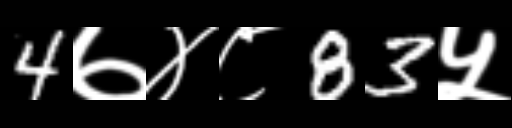
Text: 4७४८83५